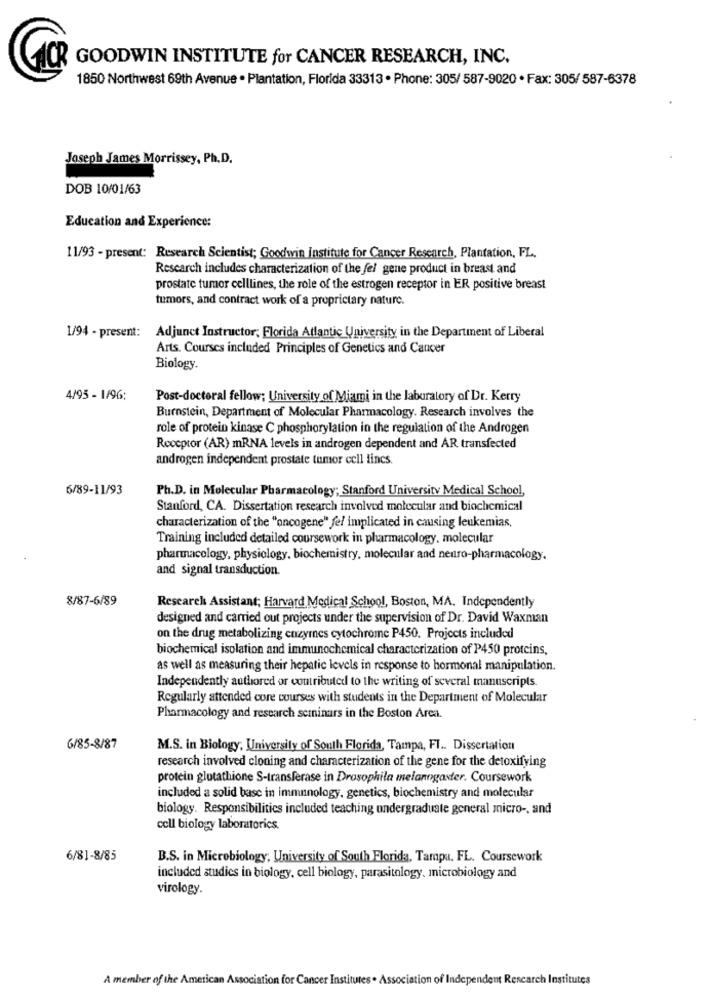
GOODWIN INSTITUTE for CANCER RESEARCH, INC.
1850 Northwest 69th Avenue · Plantation, Florida 33313 · Phone: 305/ 587-9020 · Fax: 305/ 587-6378
Joseph James Morrissey, Ph. D.
DOB 10/01/63
Education and Experience:
11/93 - present: Research Scientist; Goodwin Institute for Cancer Research, Plantation, FL.
Research includes characterization of the fel gene product in breast and
prostate tumor celllines, the role of the estrogen receptor in ER positive breast
tumors, and contract work of a proprietary nature.
Adjunct Instructor; Florida Atlantic University in the Department of Liberal
1/94 - present:
Arts. Courses included Principles of Genetics and Cancer
Biology.
4/95 - 1/96:
Post-doctoral fellow; University of Miami in the laboratory of Dr. Kerry
Burnstein, Department of Molecular Pharmacology. Research involves the
role of protein kinase C phosphorylation in the regulation of the Androgen
Receptor (AR) mRNA levels in androgen dependent and AR transfected
androgen independent prostate tumor cell lines.
6/89-11/93
Ph.D. in Molecular Pharmacology; Stanford University Medical School,
Stanford, CA. Dissertation research involved molecular and biochemical
characterization of the "oncogene" fel implicated in causing leukemias,
Training included detailed coursework in pharmacology. molecular
pharmacology, physiology, biochemistry, molecular and neuro-pharmacology.
and signal transduction.
8/87-6/89
Research Assistant; Harvard Medical School, Boston, MA. Independently
designed and carried out projects under the supervision of Dr. David Waxman
on the drug metabolizing enzymes cytochrome P450. Projects included
biochemical isolation and immunochemical characterization of P450 proteins,
as well as measuring their hepatic levels in response to hormonal manipulation.
Independently authored or contributed to the writing of several manuscripts.
Regularly attended core courses with students in the Department of Molecular
Pharmacology and research scininars in the Boston Area.
6/85-8/87
M.S. in Biology, University of South Florida, Tampa, FT .. Dissertation
research involved cloning and characterization of the gene for the detoxifying
protein glutathione S-transferase in Drosophila melanogaster. Coursework
included a solid base in immunology, genetics, biochemistry and molecular
biology. Responsibilities included teaching undergraduate general micro -, and
cell biology laboratorics.
6/81-8/85
B.S. in Microbiology; University of South Florida, Tampa, FL. Coursework
included studies in biology, cell biology, parasitology, microbiology and
virology.
A member of the American Association for Cancer Institutes . Association of Independent Research Institutes